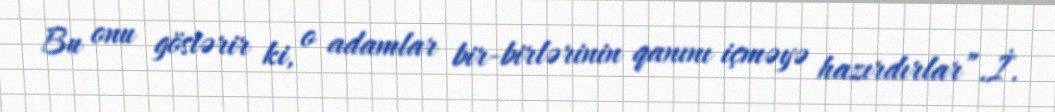
Bu onu göstərir ki, o adamlar bir-birlərinin qanını içməyə hazırdırlar”.İ.